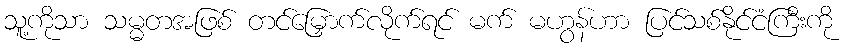
သူ့ကိုသာ သမ္မတအဖြစ် တင်မြှောက်လိုက်ရင် မက် မဟွန်ဟာ ပြင်သစ်နိုင်ငံကြီးကို